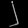
Digit: ၂